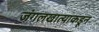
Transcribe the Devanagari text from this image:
जंगलखात्याकडून